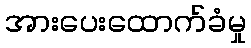
အားပေးထောက်ခံမှု